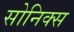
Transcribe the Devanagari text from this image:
सोनिक्स